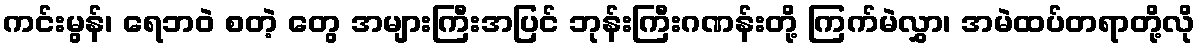
ကင်းမွန်၊ ရေဘဝဲ စတဲ့ တွေ အများကြီးအပြင် ဘုန်းကြီးဂဏန်းတို့ ကြက်မဲလွှာ၊ အမဲထပ်တရာတို့လို